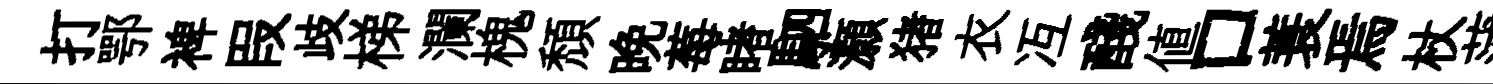
打鄂裨叚歧梯瀾槐頹晚莓睹駟灝猪衣冱醆値口蓑焉杖蒲